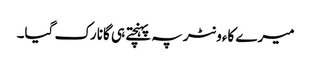
میرے کاءونٹر پہ پہنچتے ہی گانا رک گیا۔